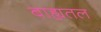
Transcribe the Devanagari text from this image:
बाह्यतल